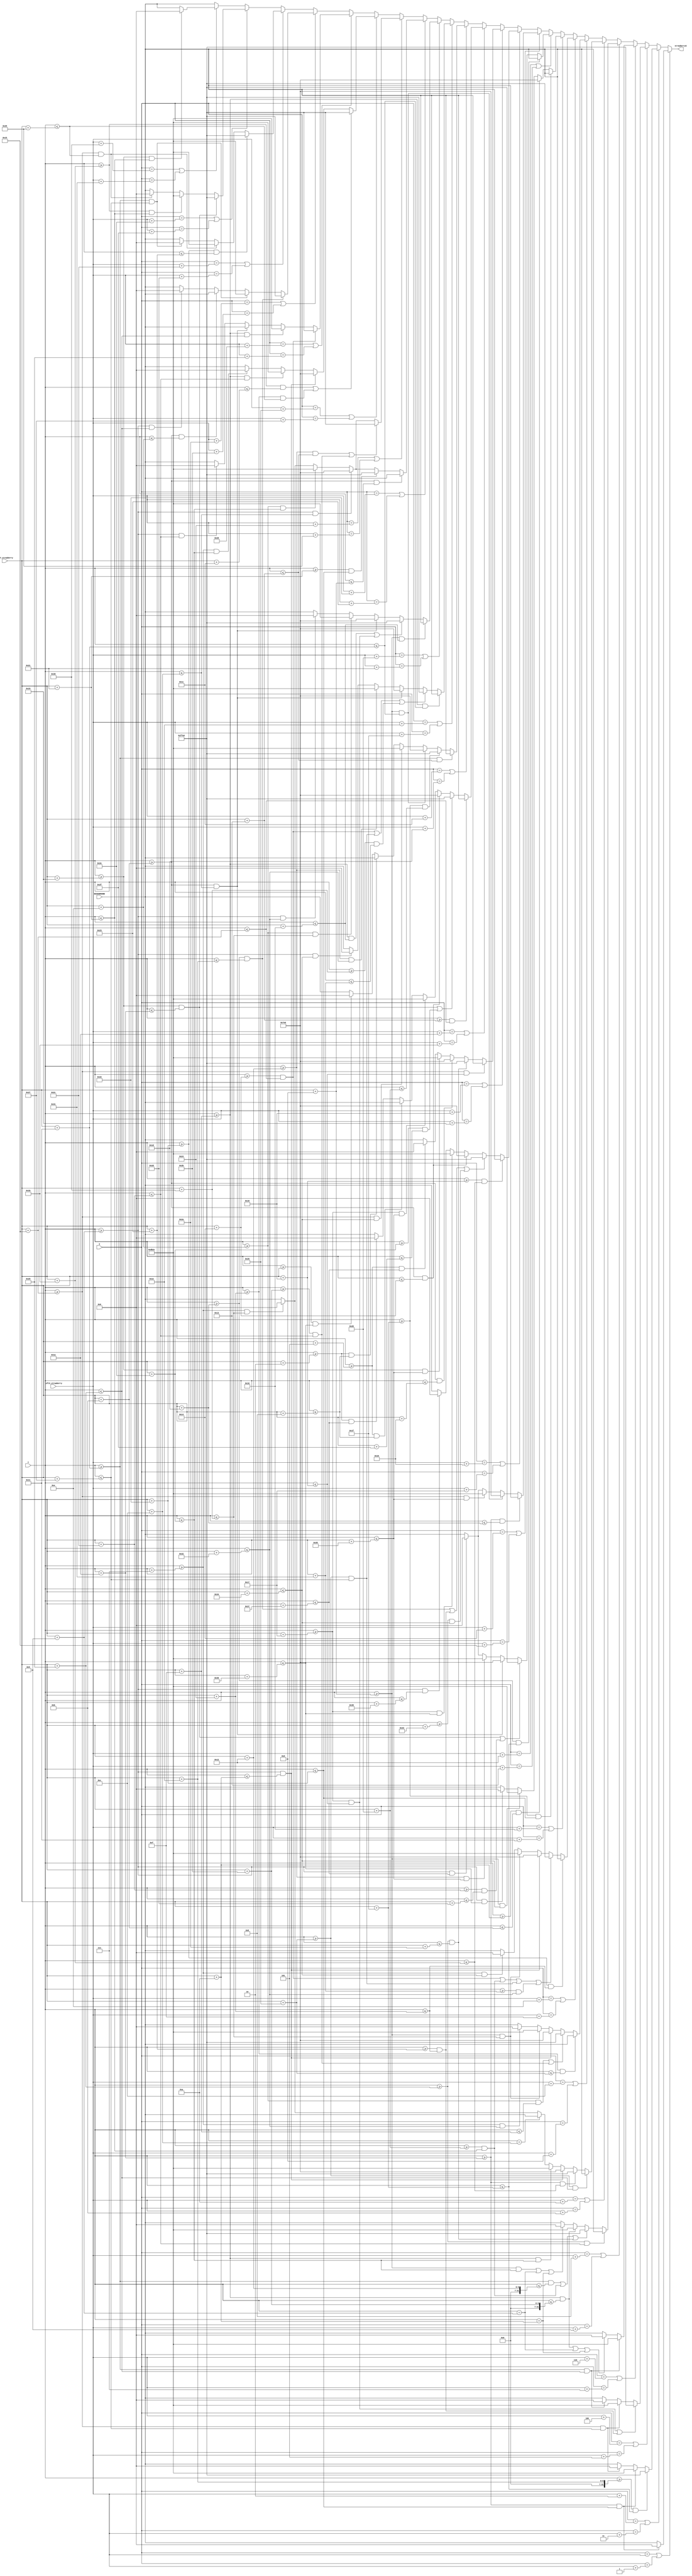
`timescale 1ns / 1ps
//////////////////////////////////////////////////////////////////////////////////
// Company: 
// Engineer: 
// 
// Design Name: 
// Module Name: strawberry_sliced
// Project Name: 
// Target Devices: 
// Tool Versions: 
// Description: 
// 
// Dependencies: 
// 
// Revision:
// Revision 0.01 - File Created
// Additional Comments:
// 
//////////////////////////////////////////////////////////////////////////////////


module strawberry_sliced(
    input [6:0] Y,
    input [5:0] X,
    input [6:0] leftX_strawberry,
    input [5:0] topY_strawberry,
    input [15:0] BACKGROUND,
    output reg [15:0] strawberryS = 16'd0
    );
    
    parameter [15:0]BLACK = 16'b00000_000000_00000;
    parameter [15:0]PINK = 16'b11011_011001_01100;
    parameter [15:0]YELLOW = 16'b11111_111111_00000;
    parameter [15:0]GREEN = 16'b00000_111111_00000;
    
    always @ (X or Y)
    begin
    
        if ((X == leftX_strawberry) || (X == (leftX_strawberry + 1)))
            begin
            if ((Y >= (topY_strawberry + 26)) && (Y <= (topY_strawberry + 34)))
                strawberryS <= BLACK;
            else 
                strawberryS <= BACKGROUND;
            end

        else if ((X == (leftX_strawberry + 2)) || (X == (leftX_strawberry + 3)))
            begin
            if ((Y >= (topY_strawberry + 30)) && (Y <= (topY_strawberry + 31)))
                strawberryS <= YELLOW;
            else if ((Y >= (topY_strawberry + 26)) && (Y <= (topY_strawberry + 34)))
                strawberryS <= PINK;
            else if ((Y >= (topY_strawberry + 21)) && (Y <= (topY_strawberry + 39)))
                strawberryS <= BLACK;
            else 
                strawberryS <= BACKGROUND;
            end

        else if ((X == (leftX_strawberry + 4)) || (X == (leftX_strawberry + 5)))
            begin
            if (((Y >= (topY_strawberry + 23)) && (Y <= (topY_strawberry + 24))) || ((Y >= (topY_strawberry + 35)) && (Y <= (topY_strawberry + 36))))
                strawberryS <= YELLOW;
            else if ((Y >= (topY_strawberry + 21)) && (Y <= (topY_strawberry + 39)))
                strawberryS <= PINK;
            else if ((Y >= (topY_strawberry + 17)) && (Y <= (topY_strawberry + 41)))
                strawberryS <= BLACK;
            else 
                strawberryS <= BACKGROUND;
            end

        else if ((X == (leftX_strawberry + 6)) || (X == (leftX_strawberry + 7)))
            begin
            if ((Y >= (topY_strawberry + 17)) && (Y <= (topY_strawberry + 41)))
                strawberryS <= PINK;
            else if (((Y >= (topY_strawberry + 15)) && (Y <= (topY_strawberry + 43))) || (Y == (topY_strawberry + 9)) || (Y == (topY_strawberry + 10)))
                strawberryS <= BLACK;
            else 
                strawberryS <= BACKGROUND;
            end

        else if ((X == (leftX_strawberry + 8)) || (X == (leftX_strawberry + 9)))
            begin
            if ((Y >= (topY_strawberry + 41)) && (Y <= (topY_strawberry + 44)))
                strawberryS <= BACKGROUND;
            else if (((Y >= (topY_strawberry + 17)) && (Y <= (topY_strawberry + 18))) || ((Y >= (topY_strawberry + 32)) && (Y <= (topY_strawberry + 33))) || ((Y >= (topY_strawberry + 41)) && (Y <= (topY_strawberry + 42))))
                strawberryS <= YELLOW;
            else if ((Y >= (topY_strawberry + 15)) && (Y <= (topY_strawberry + 43)))
                strawberryS <= PINK;
            else if (((Y >= (topY_strawberry + 13)) && (Y <= (topY_strawberry + 46))) || (Y == (topY_strawberry + 9)) || (Y == (topY_strawberry + 10)))
                strawberryS <= BLACK;
            else 
                strawberryS <= BACKGROUND;
            end

        else if ((X == (leftX_strawberry + 10)) || (X == (leftX_strawberry + 11)))
            begin
            if ((Y >= (topY_strawberry + 38)) && (Y <= (topY_strawberry + 41)))
                strawberryS <= BACKGROUND;
            else if ((Y >= (topY_strawberry + 26)) && (Y <= (topY_strawberry + 27)))
                strawberryS <= YELLOW;
            else if ((Y >= (topY_strawberry + 9)) && (Y <= (topY_strawberry + 10)))
                strawberryS <= GREEN;
            else if ((Y >= (topY_strawberry + 15)) && (Y <= (topY_strawberry + 46)))
                strawberryS <= PINK;
            else if (Y == (topY_strawberry + 12))
                strawberryS <= BACKGROUND;
            else if ((Y >= (topY_strawberry + 7)) && (Y <= (topY_strawberry + 48)))
                strawberryS <= BLACK;
            else 
                strawberryS <= BACKGROUND;
            end

        else if ((X == (leftX_strawberry + 12)) || (X == (leftX_strawberry + 13)))
            begin
            if ((Y >= (topY_strawberry + 36)) && (Y <= (topY_strawberry + 38)))
                strawberryS <= BACKGROUND;
            else if (((Y >= (topY_strawberry + 14)) && (Y <= (topY_strawberry + 15))) || ((Y >= (topY_strawberry + 43)) && (Y <= (topY_strawberry + 44))))
                strawberryS <= YELLOW;
            else if ((Y >= (topY_strawberry + 9)) && (Y <= (topY_strawberry + 10)))
                strawberryS <= GREEN;
            else if ((Y >= (topY_strawberry + 13)) && (Y <= (topY_strawberry + 48)))
                strawberryS <= PINK;
            else if ((Y >= (topY_strawberry + 7)) && (Y <= (topY_strawberry + 50)))
                strawberryS <= BLACK;
            else 
                strawberryS <= BACKGROUND;
            end

        else if ((X == (leftX_strawberry + 14)) || (X == (leftX_strawberry + 15)))
            begin
            if ((Y >= (topY_strawberry + 34)) && (Y <= (topY_strawberry + 36)))
                strawberryS <= BACKGROUND;
            else if (((Y >= (topY_strawberry + 20)) && (Y <= (topY_strawberry + 21))) || ((Y >= (topY_strawberry + 32)) && (Y <= (topY_strawberry + 33))) || ((Y >= (topY_strawberry + 38)) && (Y <= (topY_strawberry + 39))) || ((Y >= (topY_strawberry + 49)) && (Y <= (topY_strawberry + 50))))
                strawberryS <= YELLOW;
            else if ((Y >= (topY_strawberry + 9)) && (Y <= (topY_strawberry + 10)))
                strawberryS <= GREEN;
            else if ((Y >= (topY_strawberry + 13)) && (Y <= (topY_strawberry + 48)))
                strawberryS <= PINK;
            else if ((Y >= (topY_strawberry + 7)) && (Y <= (topY_strawberry + 52)))
                strawberryS <= BLACK;
            else 
                strawberryS <= BACKGROUND;
            end

        else if ((X == (leftX_strawberry + 16)) || (X == (leftX_strawberry + 17)))
            begin
            if ((Y >= (topY_strawberry + 31)) && (Y <= (topY_strawberry + 34)))
                strawberryS <= BACKGROUND;
            else if ((Y >= (topY_strawberry + 10)) && (Y <= (topY_strawberry + 11)))
                strawberryS <= GREEN;
            else if ((Y >= (topY_strawberry + 13)) && (Y <= (topY_strawberry + 52)))
                strawberryS <= PINK;
            else if ((Y >= (topY_strawberry + 9)) && (Y <= (topY_strawberry + 54)))
                strawberryS <= BLACK;
            else 
                strawberryS <= BACKGROUND;
            end

        else if ((X == (leftX_strawberry + 18)) || (X == (leftX_strawberry + 19)))
            begin
            if ((Y >= (topY_strawberry + 29)) && (Y <= (topY_strawberry + 31)))
                strawberryS <= BACKGROUND;
            else if (((Y >= (topY_strawberry + 25)) && (Y <= (topY_strawberry + 26))) || ((Y >= (topY_strawberry + 44)) && (Y <= (topY_strawberry + 45))))
                strawberryS <= YELLOW;
            else if ((Y >= (topY_strawberry + 11)) && (Y <= (topY_strawberry + 12)))
                strawberryS <= GREEN;
            else if ((Y >= (topY_strawberry + 18)) && (Y <= (topY_strawberry + 53)))
                strawberryS <= PINK;
            else if ((Y >= (topY_strawberry + 9)) && (Y <= (topY_strawberry + 55)))
                strawberryS <= BLACK;
            else 
                strawberryS <= BACKGROUND;
            end

        else if ((X == (leftX_strawberry + 20)) || (X == (leftX_strawberry + 21)))
            begin
            if ((Y >= (topY_strawberry + 26)) && (Y <= (topY_strawberry + 29)))
                strawberryS <= BACKGROUND;
            else if ((Y >= (topY_strawberry + 13)) && (Y <= (topY_strawberry + 17)))
                strawberryS <= GREEN;
            else if ((Y >= (topY_strawberry + 21)) && (Y <= (topY_strawberry + 53)))
                strawberryS <= PINK;
            else if ((Y >= (topY_strawberry + 9)) && (Y <= (topY_strawberry + 55)))
                strawberryS <= BLACK;
            else 
                strawberryS <= BACKGROUND;
            end

        else if ((X == (leftX_strawberry + 22)) || (X == (leftX_strawberry + 23)))
            begin
            if ((Y >= (topY_strawberry + 24)) && (Y <= (topY_strawberry + 27)))
                strawberryS <= BACKGROUND;
            else if (((Y >= (topY_strawberry + 29)) && (Y <= (topY_strawberry + 30))) || ((Y >= (topY_strawberry + 35)) && (Y <= (topY_strawberry + 36))) || ((Y >= (topY_strawberry + 51)) && (Y <= (topY_strawberry + 52))))
                strawberryS <= YELLOW;
            else if ((Y >= (topY_strawberry + 11)) && (Y <= (topY_strawberry + 20)))
                strawberryS <= GREEN;
            else if ((Y >= (topY_strawberry + 23)) && (Y <= (topY_strawberry + 54)))
                strawberryS <= PINK;
            else if ((Y >= (topY_strawberry + 9)) && (Y <= (topY_strawberry + 57)))
                strawberryS <= BLACK;
            else 
                strawberryS <= BACKGROUND;
            end

        else if ((X == (leftX_strawberry + 24)) || (X == (leftX_strawberry + 25)))
            begin
            if ((Y >= (topY_strawberry + 21)) && (Y <= (topY_strawberry + 24)))
                strawberryS <= BACKGROUND;
            else if ((Y >= (topY_strawberry + 41)) && (Y <= (topY_strawberry + 42)))
                strawberryS <= YELLOW;
            else if ((Y >= (topY_strawberry + 11)) && (Y <= (topY_strawberry + 22)))
                strawberryS <= GREEN;
            else if ((Y >= (topY_strawberry + 25)) && (Y <= (topY_strawberry + 53)))
                strawberryS <= PINK;
            else if ((Y >= (topY_strawberry + 5)) && (Y <= (topY_strawberry + 55)))
                strawberryS <= BLACK;
            else 
                strawberryS <= BACKGROUND;
            end

        else if ((X == (leftX_strawberry + 26)) || (X == (leftX_strawberry + 27)))
            begin
            if ((Y >= (topY_strawberry + 19)) && (Y <= (topY_strawberry + 21)))
                strawberryS <= BACKGROUND;
            else if (((Y >= (topY_strawberry + 25)) && (Y <= (topY_strawberry + 26))) || ((Y >= (topY_strawberry + 46)) && (Y <= (topY_strawberry + 47))))
                strawberryS <= YELLOW;
            else if ((Y >= (topY_strawberry + 11)) && (Y <= (topY_strawberry + 20)))
                strawberryS <= GREEN;
            else if ((Y >= (topY_strawberry + 23)) && (Y <= (topY_strawberry + 53)))
                strawberryS <= PINK;
            else if ((Y >= (topY_strawberry + 5)) && (Y <= (topY_strawberry + 8)))
                strawberryS <= BACKGROUND;
            else if ((Y >= (topY_strawberry + 2)) && (Y <= (topY_strawberry + 55)))
                strawberryS <= BLACK;
            else 
                strawberryS <= BACKGROUND;
            end

        else if ((X == (leftX_strawberry + 28)) || (X == (leftX_strawberry + 29)))
            begin
            if ((Y >= (topY_strawberry + 17)) && (Y <= (topY_strawberry + 19)))
                strawberryS <= BACKGROUND;
            else if ((Y >= (topY_strawberry + 31)) && (Y <= (topY_strawberry + 32)))
                strawberryS <= YELLOW;
            else if ((Y >= (topY_strawberry + 13)) && (Y <= (topY_strawberry + 17)))
                strawberryS <= GREEN;
            else if ((Y >= (topY_strawberry + 21)) && (Y <= (topY_strawberry + 52)))
                strawberryS <= PINK;
            else if ((Y >= (topY_strawberry + 2)) && (Y <= (topY_strawberry + 8)))
                strawberryS <= BACKGROUND;
            else if ((Y >= topY_strawberry) && (Y <= (topY_strawberry + 54)))
                strawberryS <= BLACK;
            else 
                strawberryS <= BACKGROUND;
            end
            
        else if ((X == (leftX_strawberry + 30)) || (X == (leftX_strawberry + 31)))
            begin
            if ((Y >= (topY_strawberry + 15)) && (Y <= (topY_strawberry + 17)))
                strawberryS <= BACKGROUND;
            else if (((Y >= (topY_strawberry + 20)) && (Y <= (topY_strawberry + 21))) || ((Y >= (topY_strawberry + 38)) && (Y <= (topY_strawberry + 39))) || ((Y >= (topY_strawberry + 48)) && (Y <= (topY_strawberry + 49))))
                strawberryS <= YELLOW;
            else if ((Y >= (topY_strawberry + 11)) && (Y <= (topY_strawberry + 12)))
                strawberryS <= GREEN;
            else if ((Y >= (topY_strawberry + 18)) && (Y <= (topY_strawberry + 50)))
                strawberryS <= PINK;
            else if ((Y >= (topY_strawberry + 9)) && (Y <= (topY_strawberry + 52)))
                strawberryS <= BLACK;
            else 
                strawberryS <= BACKGROUND;
            end

        else if ((X == (leftX_strawberry + 32)) || (X == (leftX_strawberry + 33)))
            begin
            if ((Y >= (topY_strawberry + 13)) && (Y <= (topY_strawberry + 16)))
                strawberryS <= BACKGROUND;
            else if (((Y >= (topY_strawberry + 15)) && (Y <= (topY_strawberry + 16))) || ((Y >= (topY_strawberry + 23)) && (Y <= (topY_strawberry + 24))))
                strawberryS <= YELLOW;
            else if ((Y >= (topY_strawberry + 11)) && (Y <= (topY_strawberry + 12)))
                strawberryS <= GREEN;
            else if ((Y >= (topY_strawberry + 14)) && (Y <= (topY_strawberry + 48)))
                strawberryS <= PINK;
            else if ((Y >= (topY_strawberry + 9)) && (Y <= (topY_strawberry + 50)))
                strawberryS <= BLACK;
            else 
                strawberryS <= BACKGROUND;
            end

        else if ((X == (leftX_strawberry + 34)) || (X == (leftX_strawberry + 35)))
            begin
            if ((Y >= (topY_strawberry + 11)) && (Y <= (topY_strawberry + 13)))
                strawberryS <= BACKGROUND;
            else if ((Y >= (topY_strawberry + 33)) && (Y <= (topY_strawberry + 34)))
                strawberryS <= YELLOW;
            else if ((Y >= (topY_strawberry + 9)) && (Y <= (topY_strawberry + 12)))
                strawberryS <= GREEN;
            else if ((Y >= (topY_strawberry + 14)) && (Y <= (topY_strawberry + 46)))
                strawberryS <= PINK;
            else if ((Y >= (topY_strawberry + 7)) && (Y <= (topY_strawberry + 48)))
                strawberryS <= BLACK;
            else 
                strawberryS <= BACKGROUND;
            end

        else if ((X == (leftX_strawberry + 36)) || (X == (leftX_strawberry + 37)))
            begin
            if (Y <= (topY_strawberry + 11))
                strawberryS <= BACKGROUND;
            if (((Y >= (topY_strawberry + 18)) && (Y <= (topY_strawberry + 19))) || ((Y >= (topY_strawberry + 43)) && (Y <= (topY_strawberry + 44))))
                strawberryS <= YELLOW;
            else if ((Y >= (topY_strawberry + 9)) && (Y <= (topY_strawberry + 12)))
                strawberryS <= GREEN;
            else if ((Y >= (topY_strawberry + 14)) && (Y <= (topY_strawberry + 46)))
                strawberryS <= PINK;
            else if ((Y >= (topY_strawberry + 7)) && (Y <= (topY_strawberry + 48)))
                strawberryS <= BLACK;
            else 
                strawberryS <= BACKGROUND;
            end

        else if ((X == (leftX_strawberry + 38)) || (X == (leftX_strawberry + 39)))
                begin
                if (((Y >= (topY_strawberry + 27)) && (Y <= (topY_strawberry + 28))) || ((Y >= (topY_strawberry + 36)) && (Y <= (topY_strawberry + 37))))
                    strawberryS <= YELLOW;
                else if ((Y >= (topY_strawberry + 9)) && (Y <= (topY_strawberry + 10)))
                    strawberryS <= GREEN;
                else if ((Y >= (topY_strawberry + 15)) && (Y <= (topY_strawberry + 44)))
                    strawberryS <= PINK;
                else if ((Y >= (topY_strawberry + 7)) && (Y <= (topY_strawberry + 46)))
                    strawberryS <= BLACK;
                else 
                    strawberryS <= BACKGROUND;
                end

        else if ((X == (leftX_strawberry + 40)) || (X == (leftX_strawberry + 41)))
                begin
                if ((Y >= (topY_strawberry + 20)) && (Y <= (topY_strawberry + 21)))
                    strawberryS <= YELLOW;
                else if ((Y >= (topY_strawberry + 15)) && (Y <= (topY_strawberry + 41)))
                    strawberryS <= PINK;
                else if ((Y >= (topY_strawberry + 11)) && (Y <= (topY_strawberry + 12)))
                    strawberryS <= BACKGROUND;
                else if ((Y >= (topY_strawberry + 9)) && (Y <= (topY_strawberry + 44)))
                    strawberryS <= BLACK;
                else 
                    strawberryS <= BACKGROUND;
                end

        else if ((X == (leftX_strawberry + 42)) || (X == (leftX_strawberry + 43)))
                begin
                if ((Y >= (topY_strawberry + 29)) && (Y <= (topY_strawberry + 30)))
                    strawberryS <= YELLOW;
                else if ((Y >= (topY_strawberry + 17)) && (Y <= (topY_strawberry + 39)))
                    strawberryS <= PINK;
                else if ((Y >= (topY_strawberry + 11)) && (Y <= (topY_strawberry + 14)))
                    strawberryS <= BACKGROUND;
                else if ((Y >= (topY_strawberry + 9)) && (Y <= (topY_strawberry + 41)))
                    strawberryS <= BLACK;
                else 
                    strawberryS <= BACKGROUND;
                end

        else if ((X == (leftX_strawberry + 44)) || (X == (leftX_strawberry + 45)))
                begin
                if ((Y >= (topY_strawberry + 34)) && (Y <= (topY_strawberry + 35)))
                    strawberryS <= YELLOW;
                else if ((Y >= (topY_strawberry + 21)) && (Y <= (topY_strawberry + 37)))
                    strawberryS <= PINK;
                else if ((Y >= (topY_strawberry + 17)) && (Y <= (topY_strawberry + 39)))
                    strawberryS <= BLACK;
                else 
                    strawberryS <= BACKGROUND;
                end

        else if ((X == (leftX_strawberry + 46)) || (X == (leftX_strawberry + 47)))
                begin
                if ((Y >= (topY_strawberry + 25)) && (Y <= (topY_strawberry + 26)))
                    strawberryS <= YELLOW;
                else if ((Y >= (topY_strawberry + 27)) && (Y <= (topY_strawberry + 33)))
                    strawberryS <= PINK;
                else if ((Y >= (topY_strawberry + 21)) && (Y <= (topY_strawberry + 37)))
                    strawberryS <= BLACK;
                else 
                    strawberryS <= BACKGROUND;
                end

        else if ((X == (leftX_strawberry + 48)) || (X == (leftX_strawberry + 49)))
                begin
                if ((Y >= (topY_strawberry + 25)) && (Y <= (topY_strawberry + 33)))
                    strawberryS <= BLACK;
                else 
                    strawberryS <= BACKGROUND;
                end
        else
            strawberryS <= BACKGROUND;
    
    end
endmodule